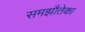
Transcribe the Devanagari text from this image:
समझौतेका